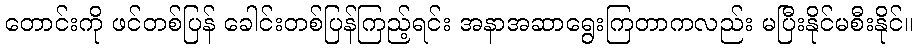
တောင်းကို ဖင်တစ်ပြန် ခေါင်းတစ်ပြန်ကြည့်ရင်း အနာအဆာရွေးကြတာကလည်း မပြီးနိုင်မစီးနိုင်။